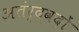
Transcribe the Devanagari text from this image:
अतंर्द्वदों